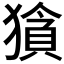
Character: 𱮜